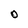
Character: O